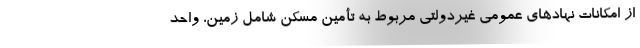
از امکانات نهادهای عمومی غیردولتی مربوط به تأمین مسکن شامل زمین، واحد